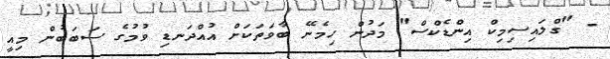
- "ގްލައިސިމިކް އިންޑެކްސް" މަދުން ހިމެނޭ ބާވަތަކަށް އުއްދަނޑި ވުމުގެ ސަބަބުން މިއީ